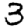
Digit: 3